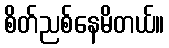
စိတ်ညစ်နေမိတယ်။